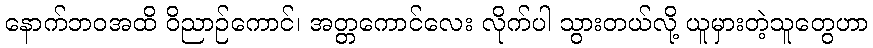
နောက်ဘဝအထိ ဝိညာဉ်ကောင်၊ အတ္တကောင်လေး လိုက်ပါ သွားတယ်လို့ ယူမှားတဲ့သူတွေဟာ